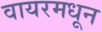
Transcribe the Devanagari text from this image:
वायरमधून